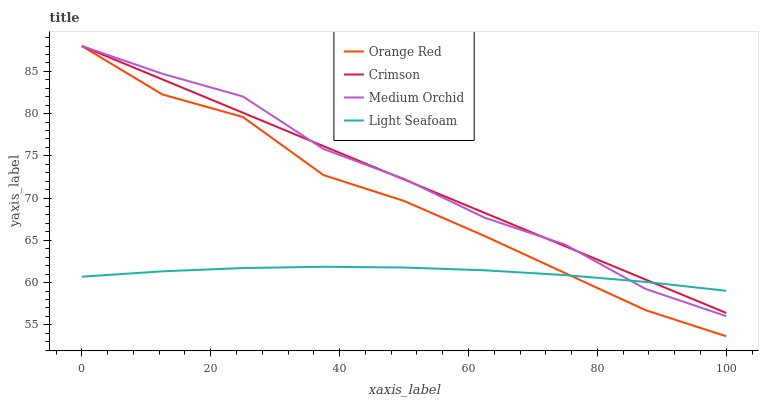
| xaxis_label | Orange Red | Crimson | Medium Orchid | Light Seafoam |
 | --- | --- | --- | --- | --- |
 | 0 | 88 | 88 | 88 | 60.7 |
 | 12.5 | 82.3 | 84.1 | 84.7 | 61.3 |
 | 25 | 79.6 | 80.1 | 82 | 61.7 |
 | 37.5 | 72.7 | 76.2 | 75.8 | 61.9 |
 | 50 | 69.7 | 72.2 | 72.3 | 61.8 |
 | 62.5 | 65.5 | 68.3 | 67.7 | 61.5 |
 | 75 | 61.1 | 64.3 | 64.5 | 60.9 |
 | 87.5 | 56.7 | 60.4 | 59.2 | 60.1 |
 | 100 | 53.6 | 56.4 | 56 | 59 |